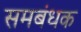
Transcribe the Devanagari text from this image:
समबंधक